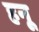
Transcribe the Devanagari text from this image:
हनू